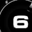
Digit: 6